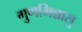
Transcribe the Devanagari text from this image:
गुणभिन्नासु